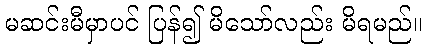
မဆင်းမီမှာပင် ပြန်၍ မိသော်လည်း မိရမည်။